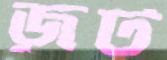
জূট